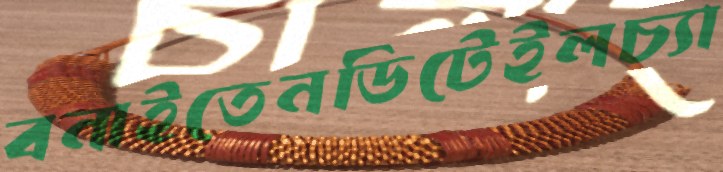
বনাইতেনডিটেইলচ্যা